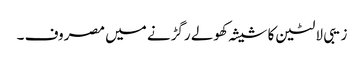
زیبی لالٹین کا شیشہ کھولے رگڑنے میں مصروف ۔